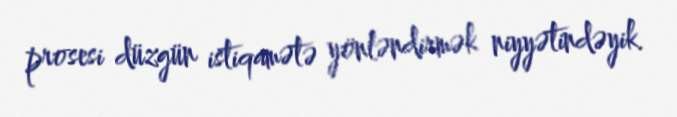
prosesi düzgün istiqamətə yönləndirmək niyyətindəyik.